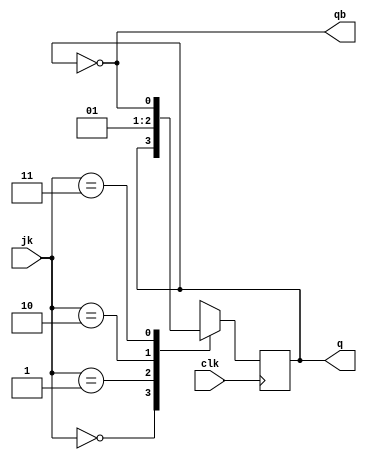
module jkff(jk,clk,q,qb);
  input [1:0] jk;
  input clk;
  output reg q=0,qb;
  always @ (posedge clk)
    begin 
      case(jk)
        2'b00: q<=q;
        2'b01: q<=0;
        2'b10: q<=1;
        2'b11: q<=~q;
      endcase
    end
    assign qb=~q;
endmodule